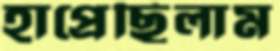
হাপ্‌রেছিলাম